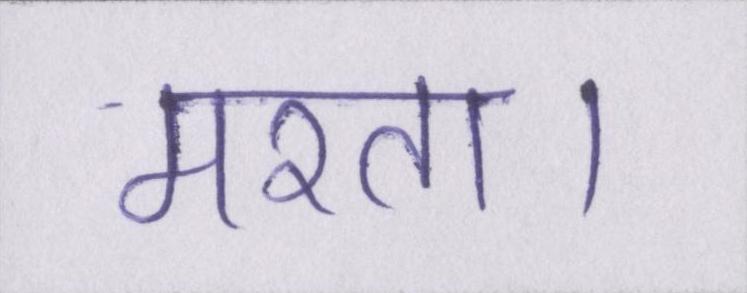
मरता।